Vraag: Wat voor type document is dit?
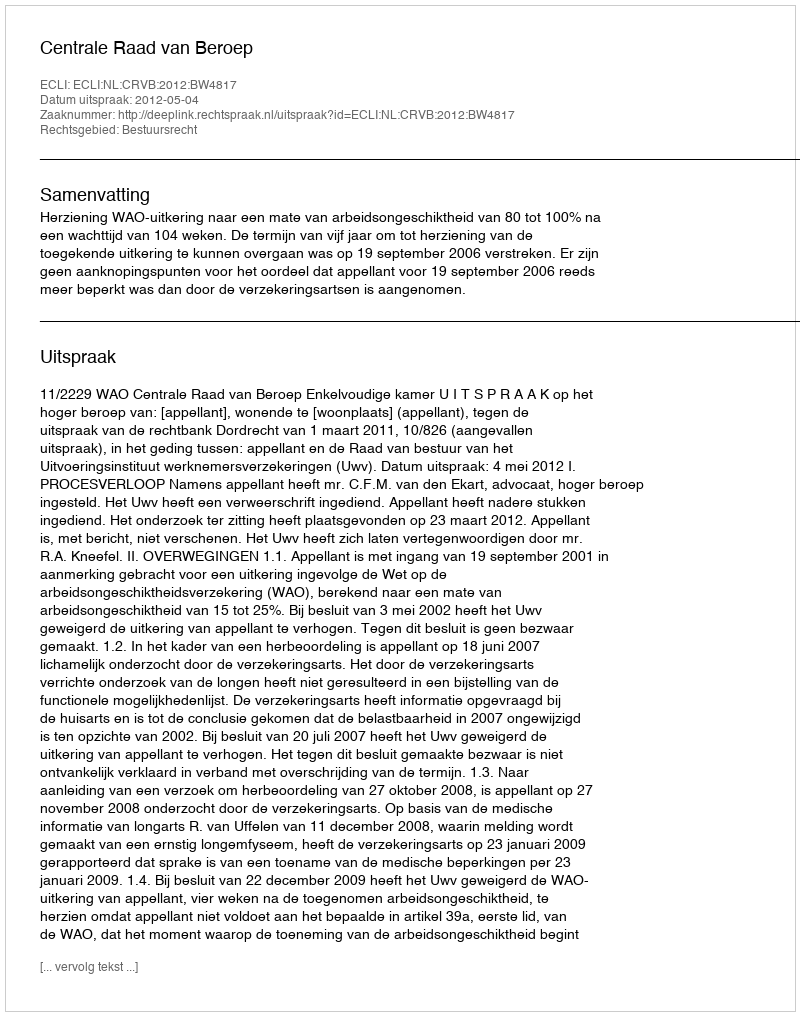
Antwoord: Uitspraak